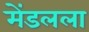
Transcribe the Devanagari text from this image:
मेंडलला